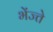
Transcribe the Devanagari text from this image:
भेंज्ते